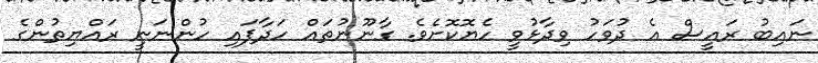
ނައިބު ރައީސް އެ ދުވަހު ވިދާޅުވީ ހެޔޮކޮށެވެ. ގާނޫނުތައް ހަދާފައި ހުންނަނީ ރައްޔިތުންގެ